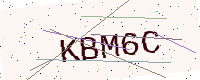
Text: KBM6C